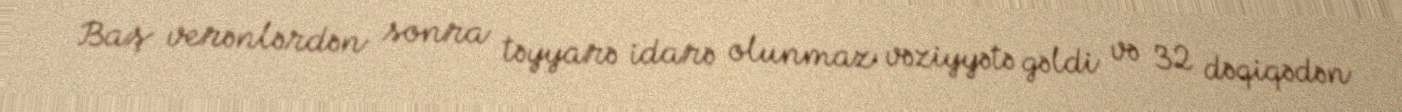
Baş verənlərdən sonra təyyarə idarə olunmaz vəziyyətə gəldi və 32 dəqiqədən